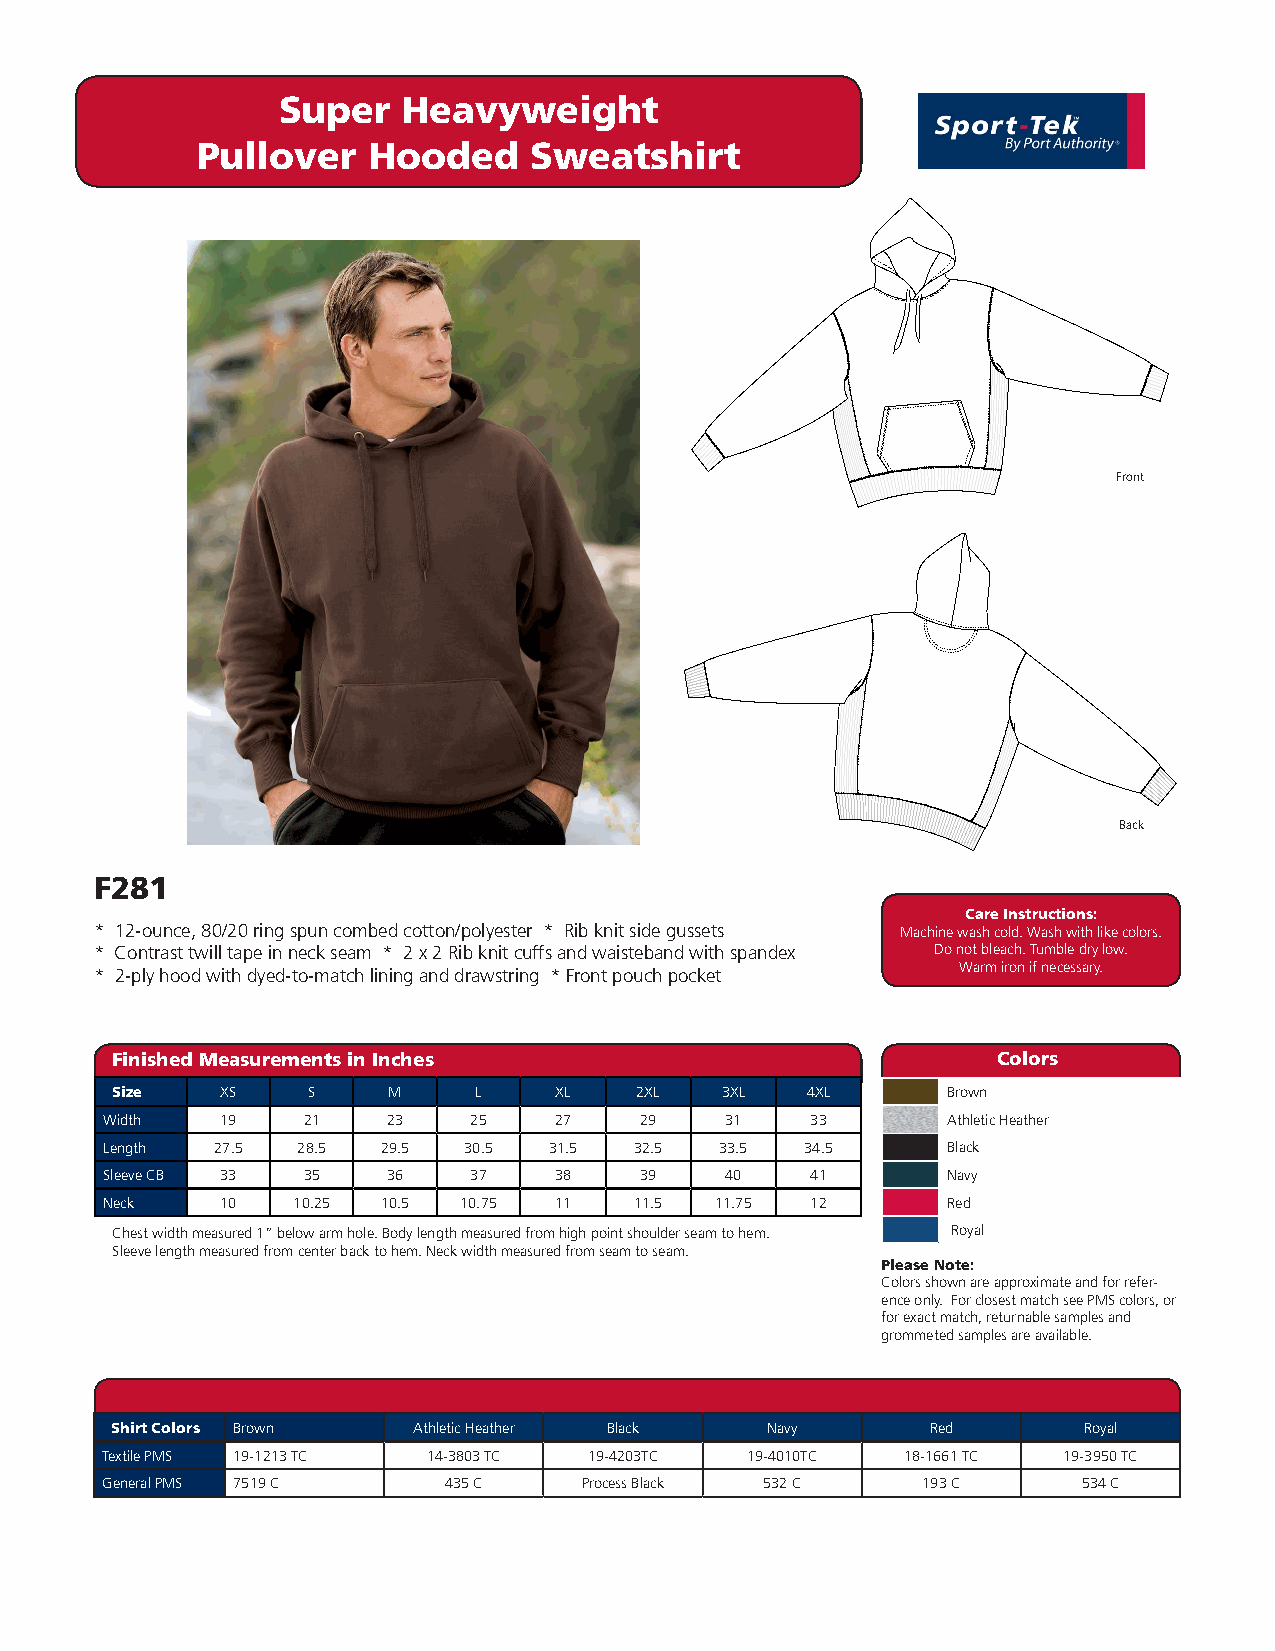
Super    Heavyweight
 Pullover   Hooded     Sweatshirt
 Front
 Back
 F281
 Care Instructions:
 * 12-ounce, 80/20 ring spun combed cotton/polyester * Rib knit side gussets Machine wash cold. Wash with like colors.
 * Contrast twill tape in neck seam * 2 x 2 Rib knit cuffs and waisteband with spandex Do not bleach. Tumble dry low.
 Warm iron if necessary.
 * 2-ply hood with dyed-to-match lining and drawstring * Front pouch pocket
 Finished Measurements in Inches                            Colors
 Size    XS   S     M    L     XL   2XL   3XL  4XL       Brown
 Width   19   21    23   25    27   29    31    33       Athletic Heather
 Length 27.5  28.5 29.5  30.5 31.5  32.5  33.5 34.5      Black
 Sleeve CB 33 35    36   37    38   39    40    41       Navy
 Neck    10  10.25 10.5 10.75  11   11.5 11.75  12       Red
 Chest width measured 1” below arm hole. Body length measured from high point shoulder seam to hem. Royal
 Sleeve length measured from center back to hem. Neck width measured from seam to seam.
 Please Note:
 Colors shown are approximate and for refer-
 ence only. For closest match see PMS colors, or
 for exact match, returnable samples and
 grommeted samples are available.
 Shirt Colors Brown  Athletic Heather Black  Navy       Red       Royal
 Textile PMS 19-1213 TC 14-3803 TC 19-4203TC 19-4010TC 18-1661 TC 19-3950 TC
 General PMS 7519 C    435 C     Process Black 532 C   193 C      534 C